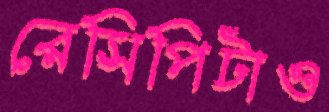
রেসিপিটাও